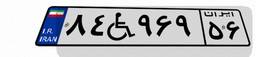
۸۴W۹۶۹۵۶